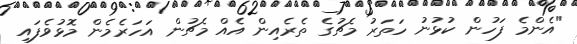
"އެންމެ ފަހުން ކުޅުނު ހަތަރު މެޗުގެ ތެރެއިން އެއް މެޗުން އަހަރެމެން މޮޅުވެފައި